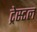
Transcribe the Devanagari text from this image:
ट्रेस्टल